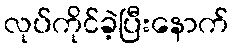
လုပ်ကိုင်ခဲ့ပြီးနောက်